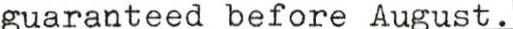
guaranteed before August.